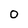
Character: O